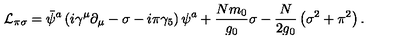
{ \cal L } _ { \pi \sigma } = \bar { \psi } ^ { a } \left( i \gamma ^ { \mu } \partial _ { \mu } - \sigma - i \pi \gamma _ { 5 } \right) \psi ^ { a } + { \frac { N m _ { 0 } } { g _ { 0 } } } \sigma - { \frac { N } { 2 g _ { 0 } } } \left( \sigma ^ { 2 } + \pi ^ { 2 } \right) .